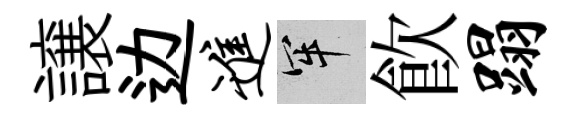
譲边进牢飮蹋